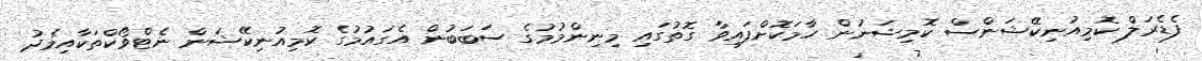
ފެޑެރަލް ކޮމިއުނިކޭޝަންސް ކޮމިޝަނުން ހާމަކޮށްފައިވާ ގޮތުގައި މިނިންމުމުގެ ސަބަބުން އެގައުމުގެ ކޮމިއުނިކޭޝަން ނެޓްވޯކްތަކާއިމެދު